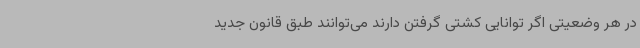
در هر وضعیتی اگر توانایی کشتی گرفتن دارند می‌توانند طبق قانون جدید